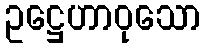
ဥဋ္ဌေဟာဝုသော